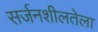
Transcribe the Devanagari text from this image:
सर्जनशीलतेला